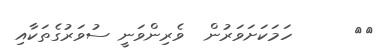
٥٤      ހަމަކަށަވަރުން  ވެރިންވަނީ ސުވަރުގެތަކާއި